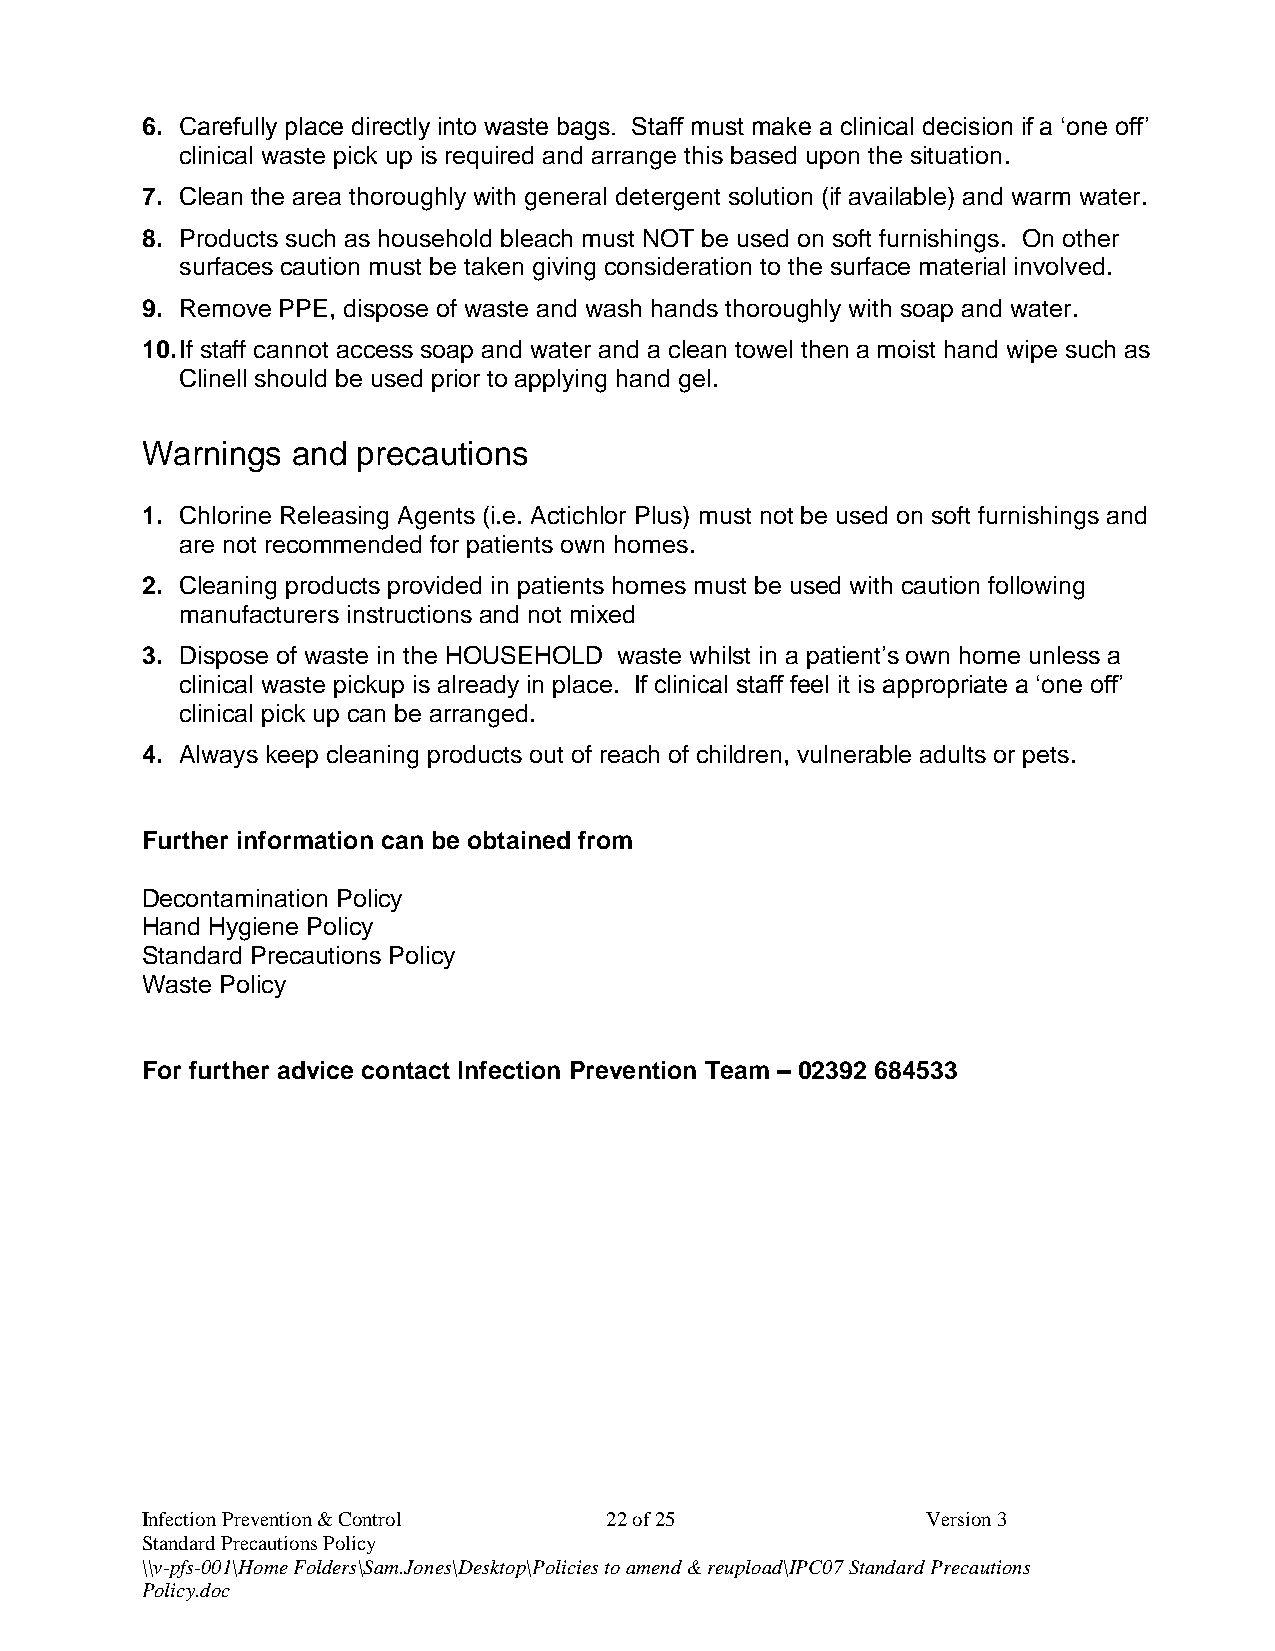
6. Carefully place directly into waste bags. Staff must make a clinical decision if a ‘one off’
 clinical waste pick up is required and arrange this based upon the situation.
 7. Clean the area thoroughly with general detergent solution (if available) and warm water.
 8. Products such as household bleach must NOT be used on soft furnishings. On other
 surfaces caution must be taken giving consideration to the surface material involved.
 9. Remove PPE, dispose of waste and wash hands thoroughly with soap and water.
 10. If staff cannot access soap and water and a clean towel then a moist hand wipe such as
 Clinell should be used prior to applying hand gel.
 Warnings  and  precautions
 1. Chlorine Releasing Agents (i.e. Actichlor Plus) must not be used on soft furnishings and
 are not recommended for patients own homes.
 2. Cleaning products provided in patients homes must be used with caution following
 manufacturers instructions and not mixed
 3. Dispose of waste in the HOUSEHOLD waste whilst in a patient’s own home unless a
 clinical waste pickup is already in place. If clinical staff feel it is appropriate a ‘one off’
 clinical pick up can be arranged.
 4. Always keep cleaning products out of reach of children, vulnerable adults or pets.
 Further information can be obtained from
 Decontamination Policy
 Hand Hygiene Policy
 Standard Precautions Policy
 Waste Policy
 For further advice contact Infection Prevention Team – 02392 684533
 Infection Prevention & Control 22 of 25             Version 3
 Standard Precautions Policy
 \\v-pfs-001\Home Folders\Sam.Jones\Desktop\Policies to amend & reupload\IPC07 Standard Precautions
 Policy.doc